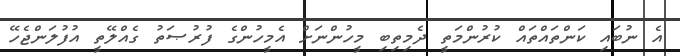
އެ ނުބައި ކަންތައްތައް ކުރުންމަތީ ދެމިތިބި މީހުންނަށް އެމީހުންގެ ފުރުޞަތު ގެއްލޭތީ އުފުލަންޖެހޭ